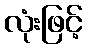
လုံးဖြင့်